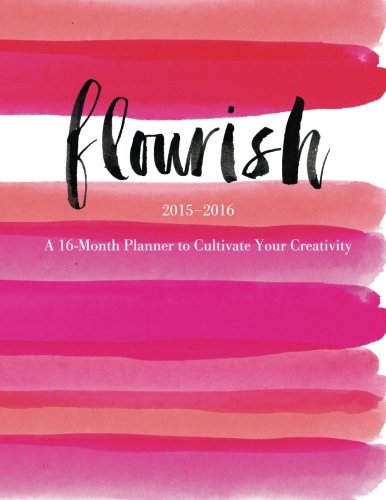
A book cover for Flourish: A 16-Month Planner to Cultivate Your Creativity; Monica Lee; Self-Help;